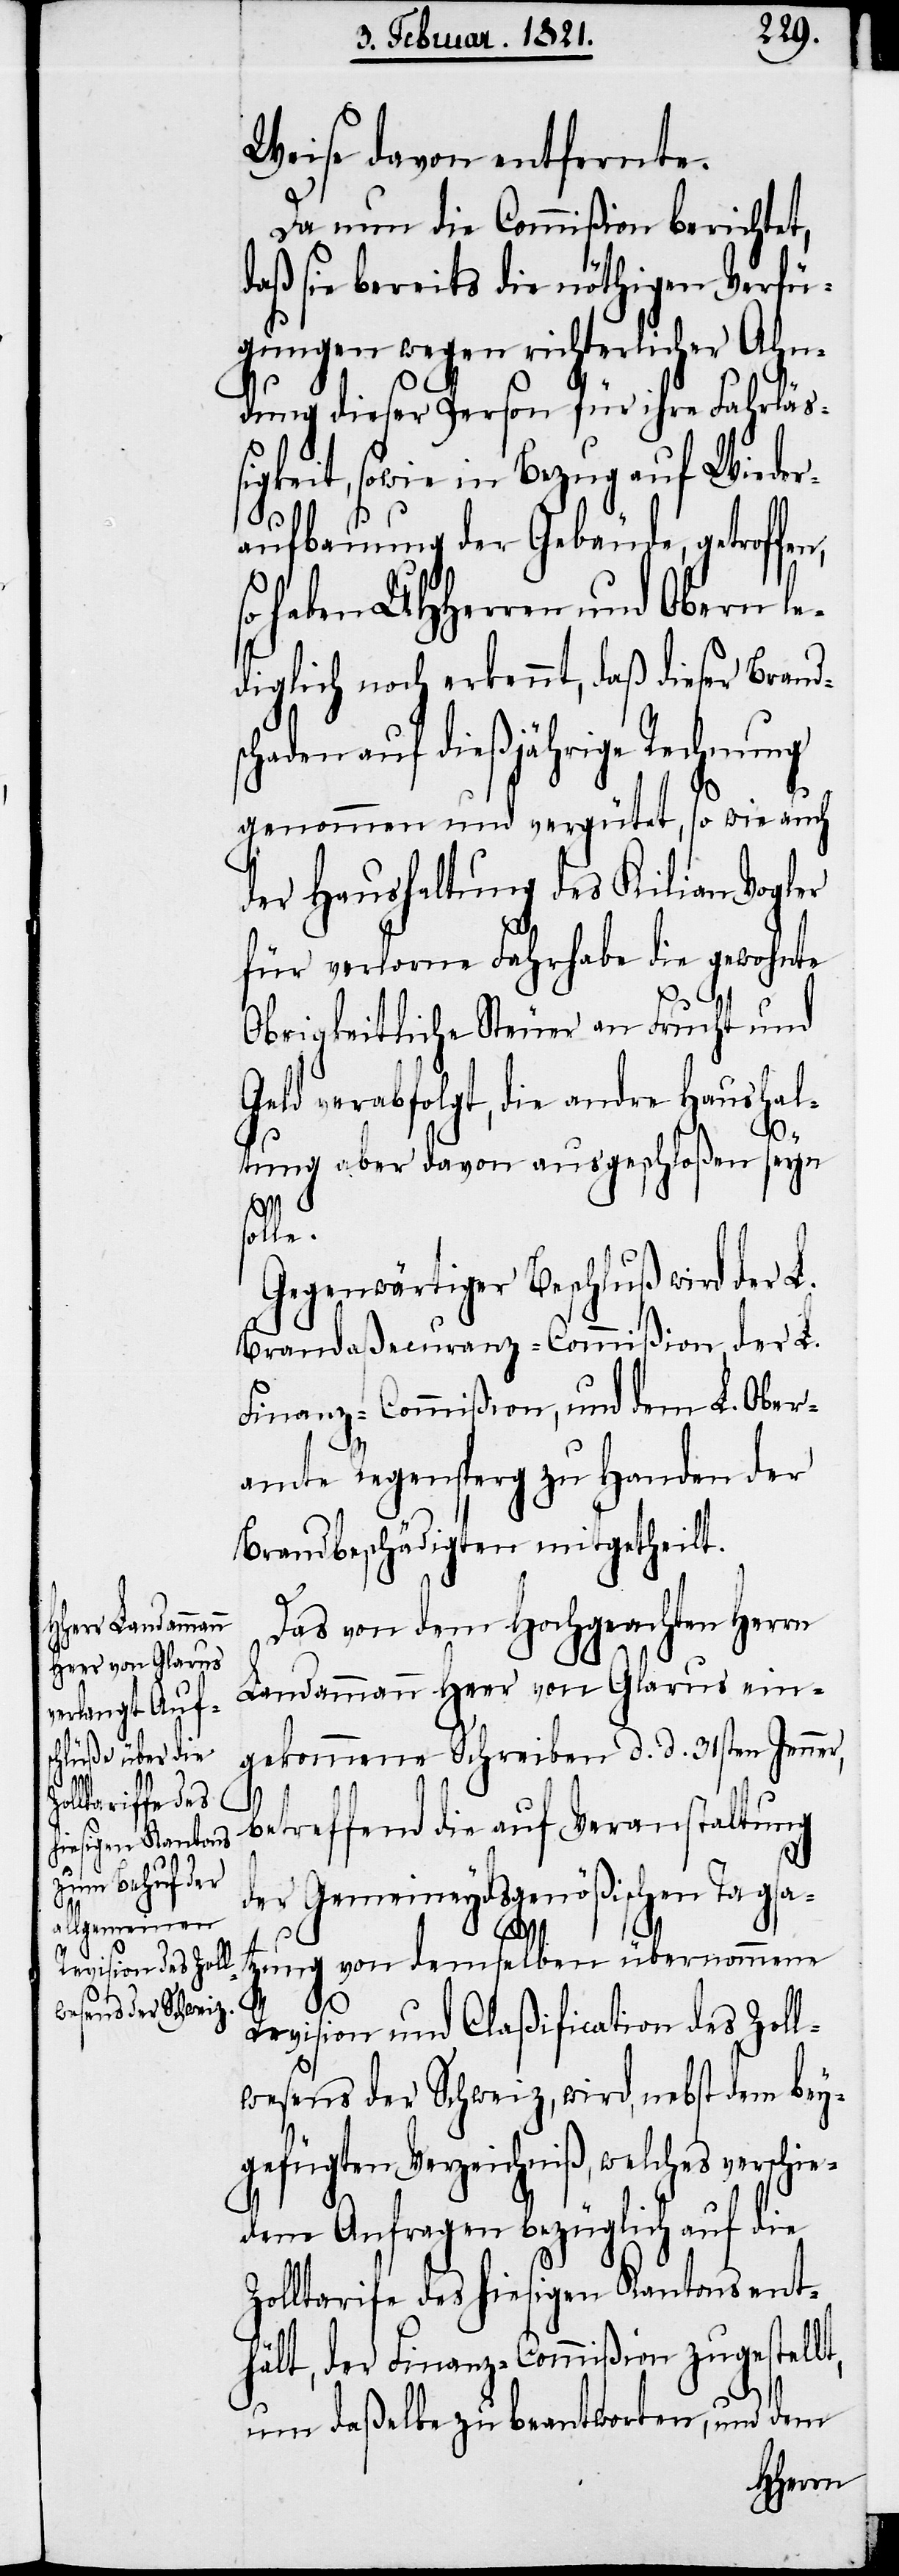
Weise davon entfernte.
Da nun die Commißion berichtet,
daß sie bereits die nöthigen Verfü¬
gungen wegen richterlicher Ahn¬
dung dieser Person für ihre Fahrläß¬
igkeit, sowie in Bezug auf Wieder¬
aufbauung der Gebäude, getroffe¬
haben UHHerren und Obern le¬
diglich noch erkennt, daß dieser Brands¬
haden auf dießjährige Rechnung
genommen und vergütet, so wie auch
der Hauhaltung des Kilian Vogler
für verlorne Fahrhabe die gewohnte
Obrigkeitliche Steuer an Frucht und
Geld verabfolgt, die andre Haushal¬
c¬
tung aber davon ausgeschloßen seyn
solle.
Gegenwärtiger Beschluß wird der L.
Brandaßecuranz-Commißion, der L.
Finanz-Commißion, und dem L. Ober¬
amte Regensperg zu Handen der
Brandbeschädigten mitgetheilt.
Das von dem Hochgeachten Herrn
Landammann Heer von Glarus ein¬
gekommene Schreiben d. d. 31sten Jenner,
betreffend die auf Veranstaltung
der Gemeineydsgenößischen Tagsa¬
t,
tzung von demselben übernommene
Revision und Claßification des Zoll¬
wesens der Schweiz, wird, nebst dem bey¬
gefügten Verzeichniß, welches verschie¬
dene Anfrage bezüglich auf die
Zolltarife des hiesigen Kantons ent¬
hält, der Finanz-Commißion zugestell¬
um daßelbe zu beantworten, und dem